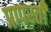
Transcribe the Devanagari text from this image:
प्रापस्ती